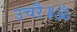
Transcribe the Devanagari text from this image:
उचऱै॥ॐ